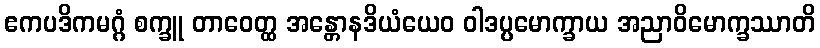
ဧကပဒိကမဂ္ဂံ စက္ခူ တာဝေတ္ထ အန္တောနဒိယံယေဝ ဝါဒပ္ပမောက္ခာယ အညာဝိမောက္ခဿာတိ